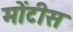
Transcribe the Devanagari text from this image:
मोंटीस